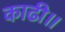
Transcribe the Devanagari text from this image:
काढी॥